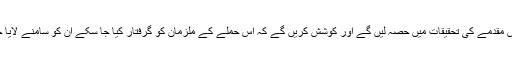
اور ہم اس مقدمے کی تحقیقات میں حصہ لیں گے اور کوشش کریں گے کہ اس حملے کے ملزمان کو گرفتار کیا جا سکے ان کو سامنے لایا جا سکے۔